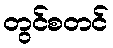
တွင်စတင်